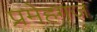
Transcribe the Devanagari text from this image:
प्रमेहगज